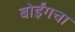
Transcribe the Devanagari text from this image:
बोईंगचा